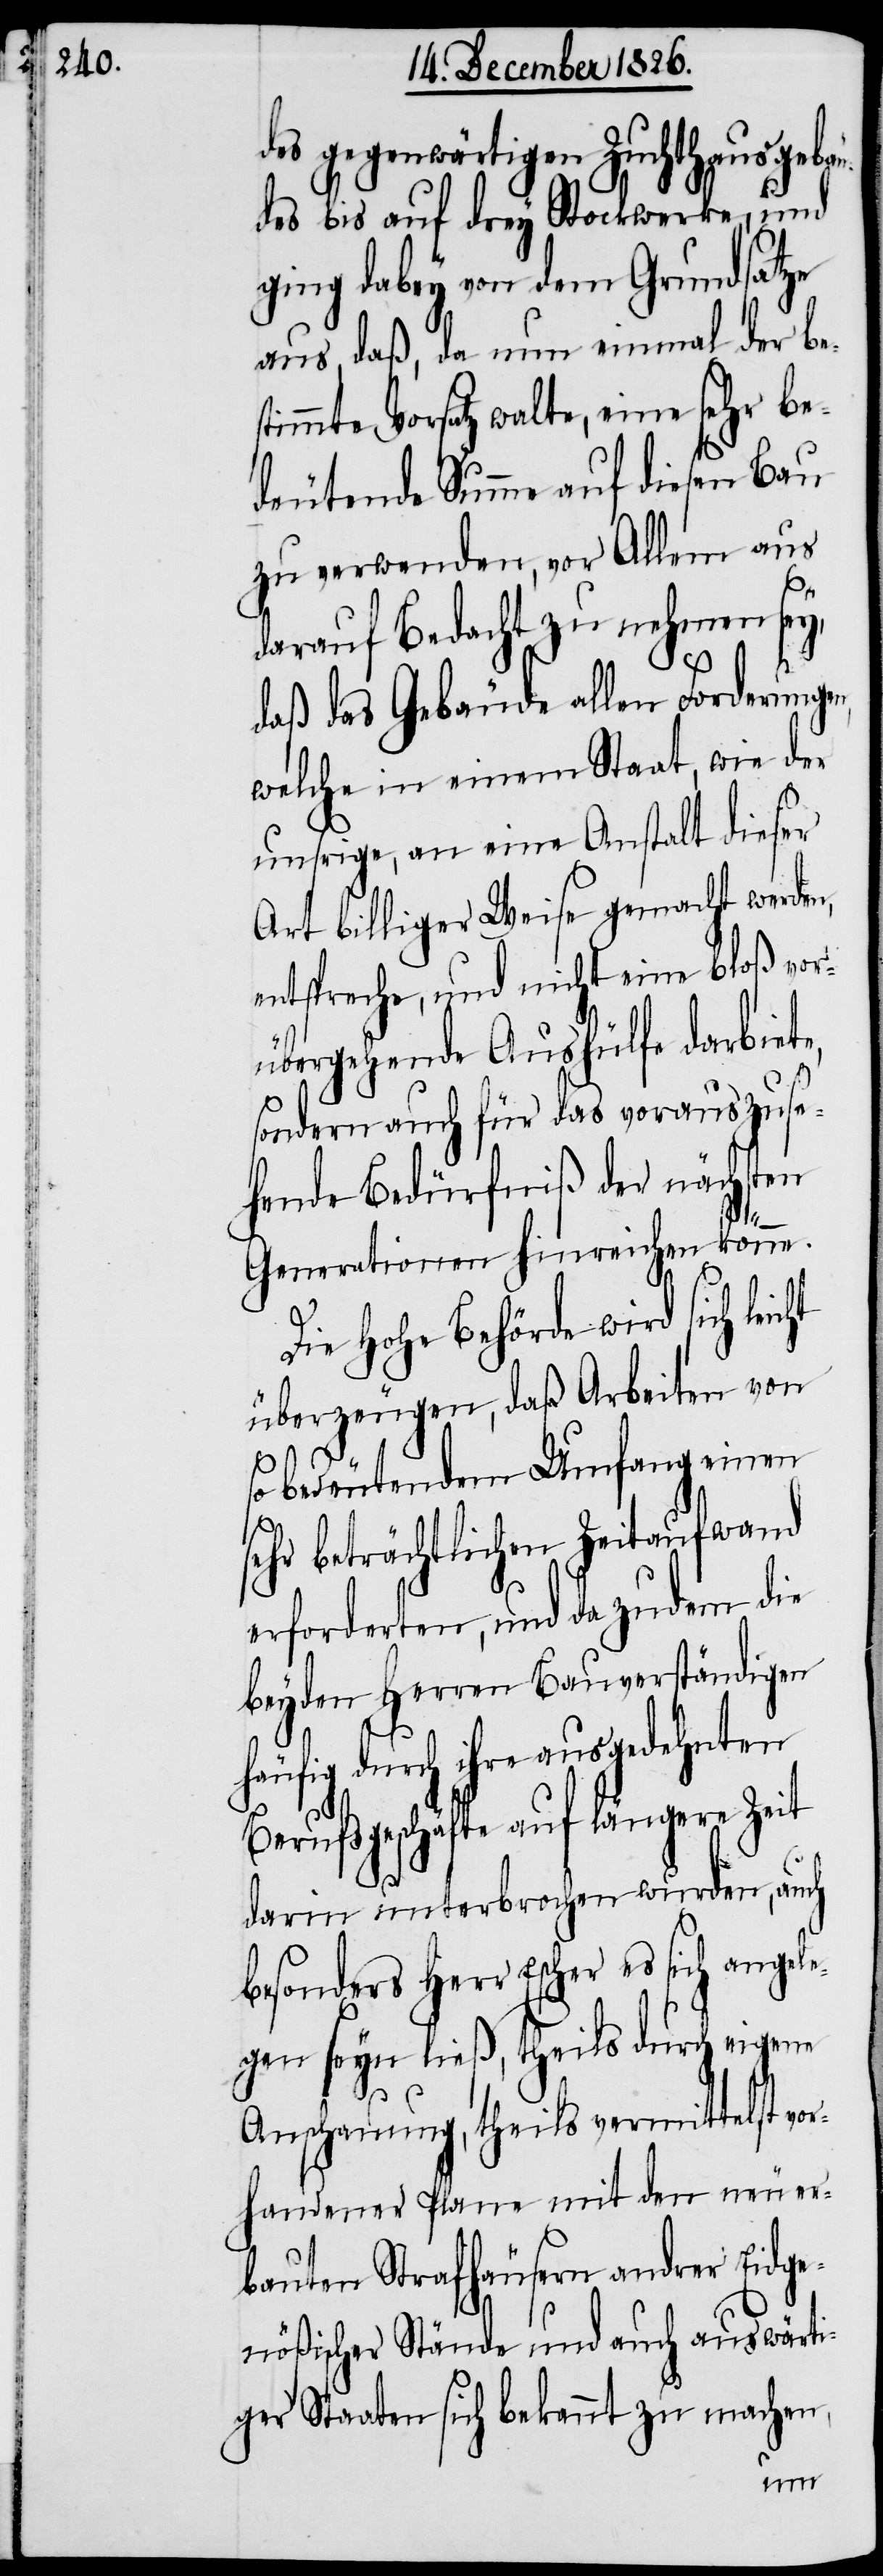
des gegenwärtigen Zuchthausgebä¬
udes bis auf drey Stockwerke, und
ging dabey von dem Grundsatze
aus, daß, da nun einmal der be¬
timmte Vorsatz walte, eine sehr be¬
deutende Summe auf diesen Bau
zu verwenden, vor Allem aus
darauf Bedacht zu nehmen sey,
daß das Gebäude allen Forderungen,
welche in einem Staat, wie der
unsrige, an eine Anstalt dieser
Art billiger Weise gemacht werden,
entspreche, und nicht eine bloß vor¬
übergehende Aushülfe darbiet¬
sondern auch für das vorauszuse¬
hende Bedürfniß der nächsten
ht
Generationen hinreichen könne.
Die hohe Behörde wird sich leic¬
überzeugen, daß Arbeiten von
so bedeutendem Umfang einen
sehr beträchtlichen Zeitaufwand
erforderten, und da zudem die
beyden Herren Bauverständigen
häufig durch ihre ausgedehnten
Berufsgeschäfte auf längere Zeit
darin unterbrochen wurden, auch
besonders Herr Escher es sich angele¬
gen seyn ließ, theils durch eigene
Anschauung, theils vermittelst vo¬
rhandener Plane mit den neuer¬
bauten Strafhäusern andrer Eidge¬
nößischer Stände und auch auswärti¬
gen Staaten sich bekannt zu machen,